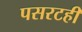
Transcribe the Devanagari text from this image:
पसरटही